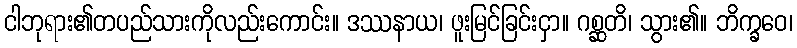
ငါဘုရား၏တပည်သားကိုလည်းကောင်း။ ဒဿနာယ၊ ဖူးမြင်ခြင်းငှာ။ ဂစ္ဆတိ၊ သွား၏။ ဘိက္ခဝေ၊